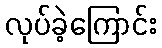
လုပ်ခဲ့ကြောင်း